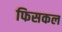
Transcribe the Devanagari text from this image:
फिसकल